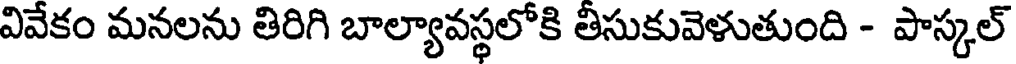
వివేకం మనలను తిరిగి బాల్యావస్థలోకి తిసుకువెళుతుంది - పాస్కల్